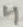
Text: 4